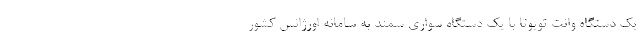
یک دستگاه وانت تویوتا با یک دستگاه سواری سمند به سامانه اورژانس کشور